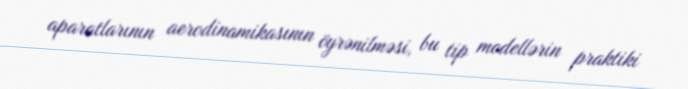
aparatlarının aerodinamikasının öyrənilməsi, bu tip modellərin praktiki